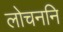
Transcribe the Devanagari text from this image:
लोचननि